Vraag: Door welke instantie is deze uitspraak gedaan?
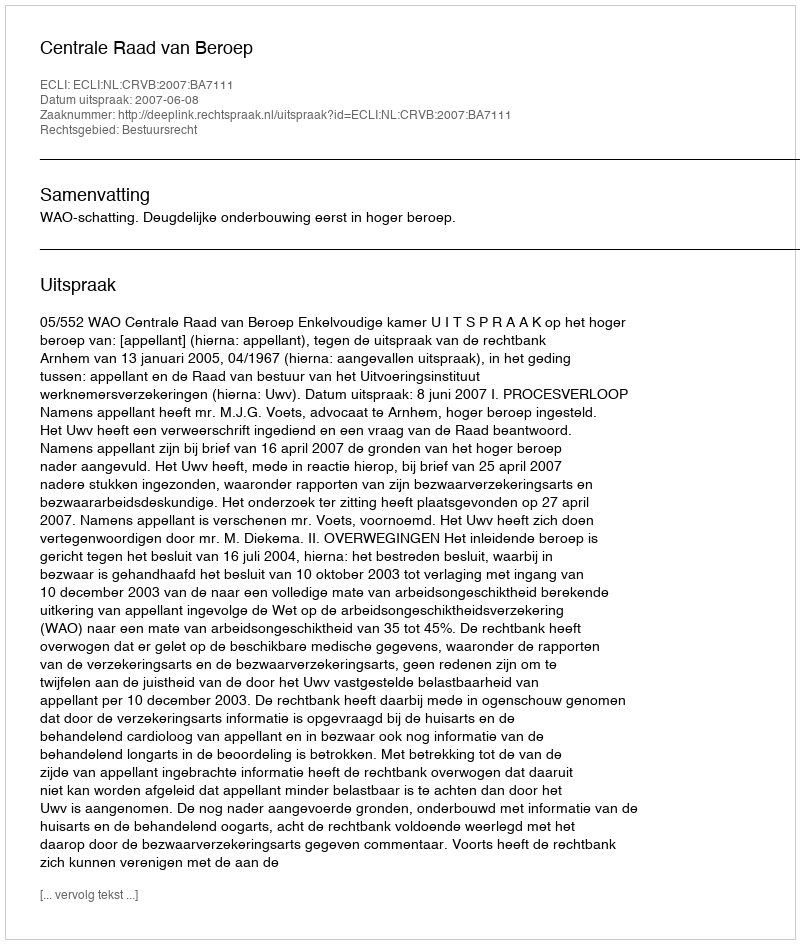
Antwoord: Centrale Raad van Beroep